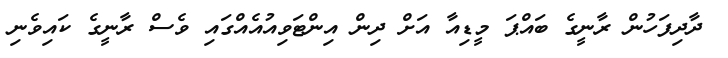
ދާދިފަހުން ރާނީގެ ބައްޕަ މީޑިއާ އަށް ދިން އިންޓަވިއުއެއްގައި ވެސް ރާނީގެ ކައިވެނި